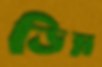
ডিম